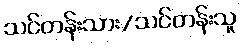
သင်တန်းသား/သင်တန်းသူ